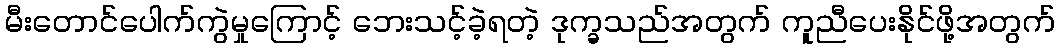
မီးတောင်ပေါက်ကွဲမှုကြောင့် ဘေးသင့်ခဲ့ရတဲ့ ဒုက္ခသည်အတွက် ကူညီပေးနိုင်ဖို့အတွက်